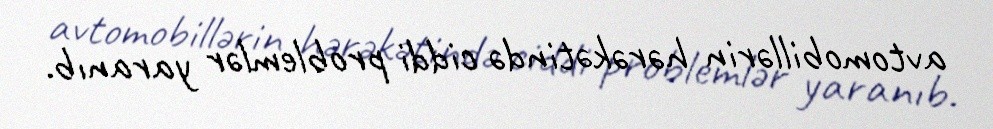
avtomobillərin hərəkətində ciddi problemlər yaranıb.